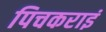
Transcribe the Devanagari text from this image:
पिचकराइं